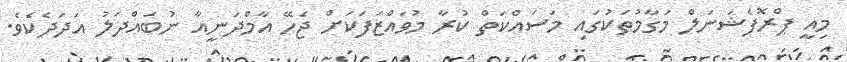
މިއީ ޕްރޮފެޝަނަލް މަގާމުތަކުގައި މަސައްކަތް ކުރާ މުވައްޒަފަކަށް ޖެހޭ އާމްދަނީއާ ނުބައްދަލު އަދަދެކެވެ.